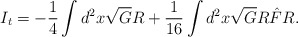
\begin{align*}I_{t} = -\frac{1}{4} \int d^{2}x \sqrt{G}R + \frac{1}{16} \int d^{2}x \sqrt{G} R \hat{F} R.\end{align*}